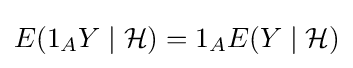
E(1_{A}Y\mid {\mathcal {H}})=1_{A}E(Y\mid {\mathcal {H}})